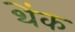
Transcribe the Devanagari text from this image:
थेंक